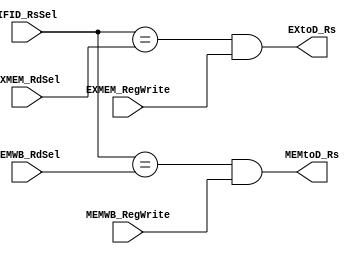
module branch_forwarding(EXMEM_RdSel, MEMWB_RdSel, EXMEM_RegWrite, MEMWB_RegWrite,
						 			IFID_RsSel, EXtoD_Rs, MEMtoD_Rs);
	//Inputs
	input [2:0] EXMEM_RdSel;
	input [2:0] MEMWB_RdSel;
	input [2:0] IFID_RsSel;
	input EXMEM_RegWrite;
	input MEMWB_RegWrite;
	//Outputs
	output EXtoD_Rs;
	output MEMtoD_Rs;

	assign EXtoD_Rs = (IFID_RsSel == EXMEM_RdSel) & EXMEM_RegWrite;
	assign MEMtoD_Rs = (IFID_RsSel == MEMWB_RdSel) & MEMWB_RegWrite;
endmodule